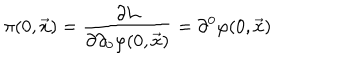
LaTeX: \pi ( 0 , \vec { x } ) = { \frac { \partial { \cal L } } { \partial \partial _ { 0 } \varphi ( 0 , \vec { x } ) } } = \partial ^ { 0 } \varphi ( 0 , { \vec { x } } )